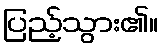
ပြည့်သွား၏။